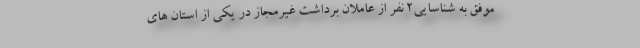
موفق به شناسایی2 نفر از عاملان برداشت غیرمجاز در یکی از استان های